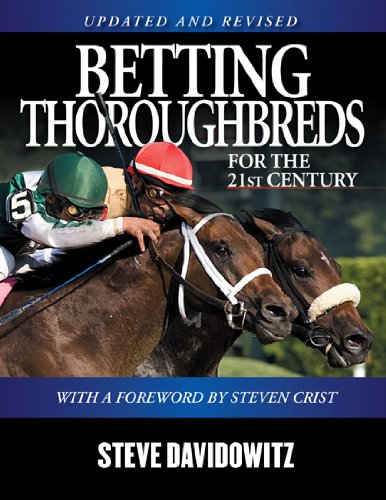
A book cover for Betting Thoroughbreds for the 21st Century: A Professional's Guide for the Horseplayers; Steve Davidowitz; Humor & Entertainment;